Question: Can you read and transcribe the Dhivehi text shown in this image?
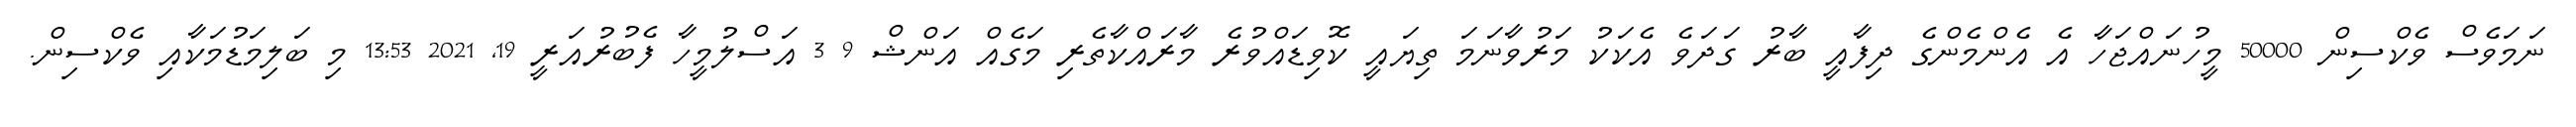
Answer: ނަމަވެސް ވެކްސިން 50000 މީހުނައްޖަހާ އެ އެންމެންގެ ދިފާއީ ބާރު ގަދަވެ އެކަކު މަރުވާނަމަ ތިޔައީ ކޮވިޑައްވުރެ މާރައްކާތެރި މަގެއް އަންޝް 9 3 އަސްލުމީހާ ފެބުރުއަރީ 19, 2021 13:53 މި ބަލިމަޑުމަކާއި ވެކްސިން.